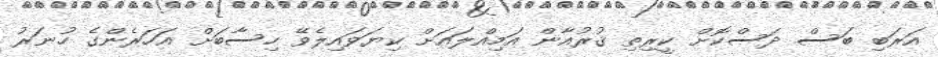
އަރަބި ބަސް ދަސްކޮށް ކީރިތި ޤުރުއާން އަމިއްލައަށް ކިޔަވައިލެވޭ ހިސާބަށް އަހަރެންގެ ހުނަރު